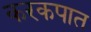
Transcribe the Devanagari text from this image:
करकपात